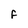
Character: F